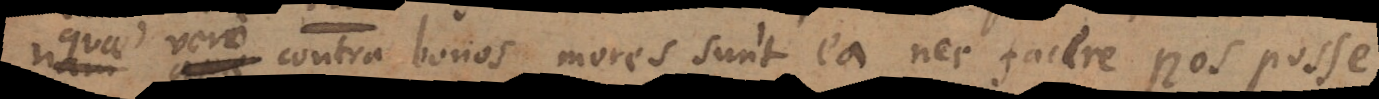
quae vero contra bonos mores sunt ea nec facere nos posse